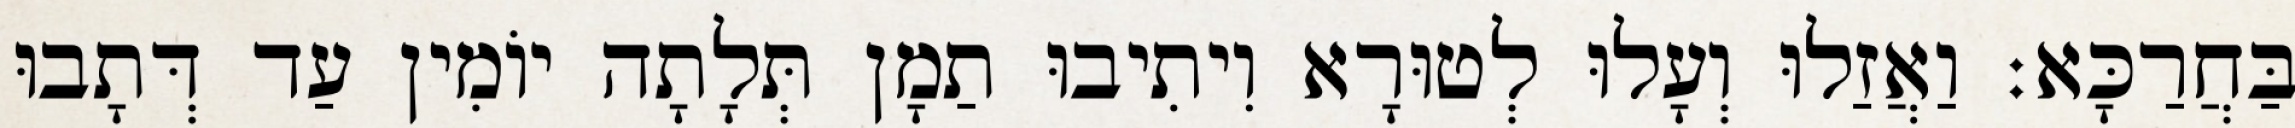
בַּחֲרַכָּא׃ וַאֲזַלוּ וְעָלוּ לְטוּרָא וִיתִיבוּ תַמָן תְּלָתָה יוֹמִין עַד דְּתָבוּ